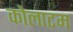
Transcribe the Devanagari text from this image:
कोलाटम